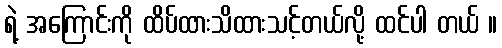
ရဲ့ အကြောင်းကို ထိပ်ထားသိထားသင့်တယ်လို့ ထင်ပါ တယ် ။